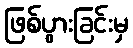
ဖြစ်ပွားခြင်းမှ